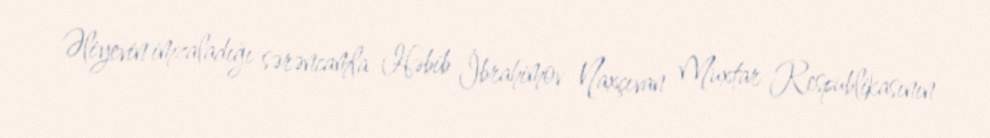
Əliyevin imzaladığı sərəncamla Həbib İbrahimov Naxçıvan Muxtar Respublikasının